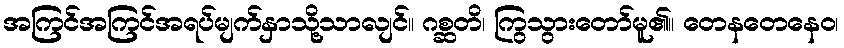
အကြင်အကြင်အရပ်မျက်နှာသို့သာလျင်။ ဂစ္ဆတိ၊ ကြွသွားတော်မူ၏။ တေနတေနေဝ၊